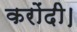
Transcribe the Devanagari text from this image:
करोंदी।